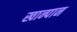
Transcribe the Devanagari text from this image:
खान्पान